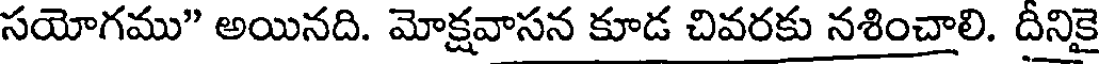
సయోగము" అయినది. మోక్షవాసన కూడ చివరకు నశించాలి. దీనికై